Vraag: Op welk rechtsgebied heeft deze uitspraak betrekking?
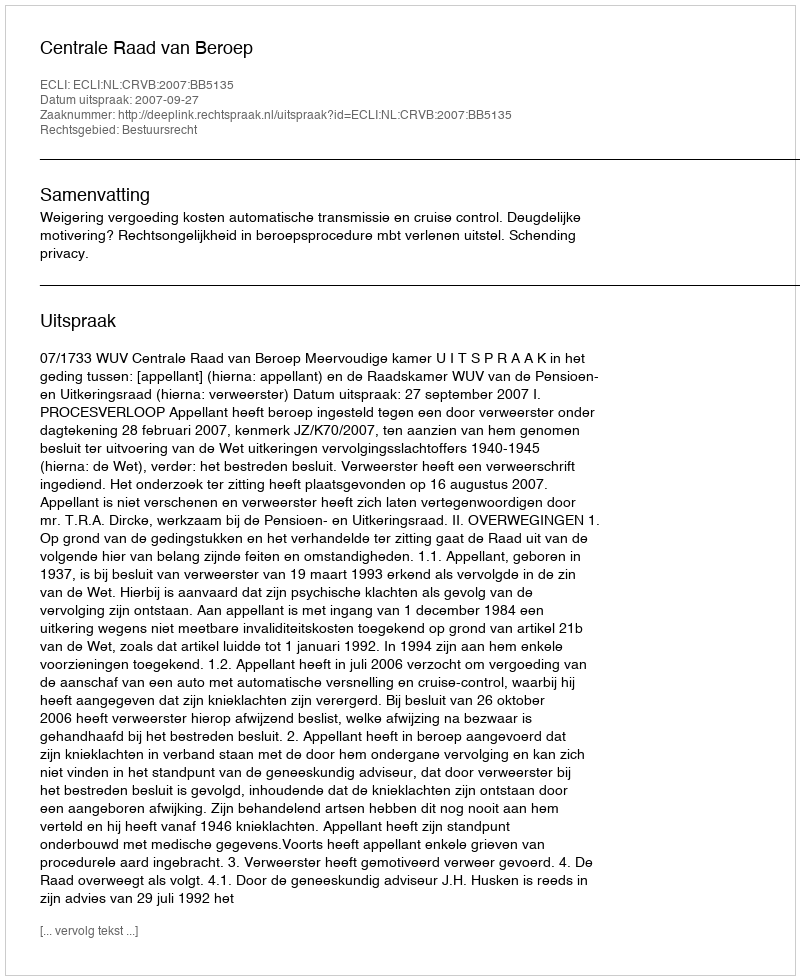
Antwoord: Bestuursrecht